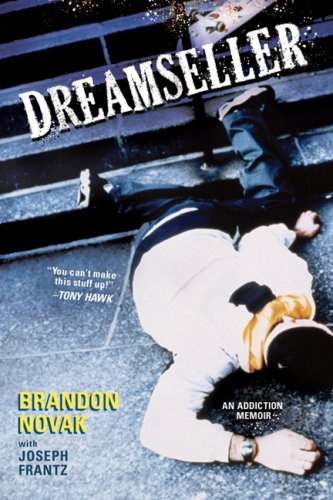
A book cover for Dreamseller; Brandon Novak; Health, Fitness & Dieting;